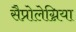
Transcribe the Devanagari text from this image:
सैप्रोलेग्निया